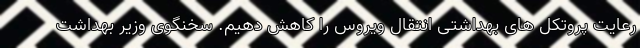
رعایت پروتکل های بهداشتی انتقال ویروس را کاهش دهیم. سخنگوی وزیر بهداشت